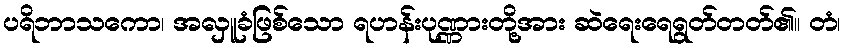
ပရိဘာသကော၊ အလှူခံဖြစ်သော ရဟန်းပုဏ္ဏားတို့အား ဆဲရေးရေရွတ်တတ်၏။ တံ၊